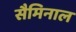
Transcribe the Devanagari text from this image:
सैमिनाल